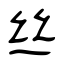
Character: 丝